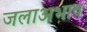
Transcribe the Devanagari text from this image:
जलाअभाव